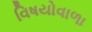
વિષયોવાળા